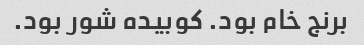
برنج خام بود. کوبیده شور بود.